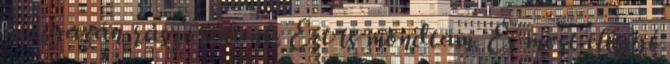
ha igazán rászorulunk. Ezt is mondtam. És most eléggé